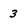
Character: 3